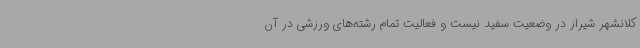
کلانشهر شیراز در وضعیت سفید نیست و فعالیت تمام رشته‌های ورزشی در آن